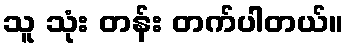
သူ သုံး တန်း တက်ပါတယ်။